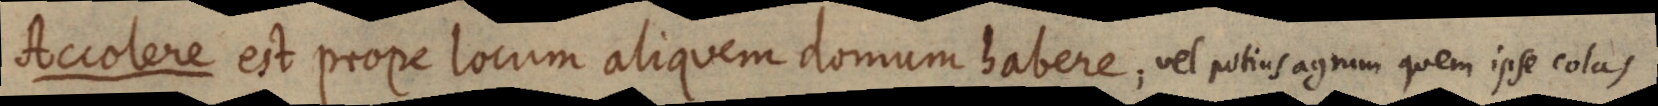
Accolere est prope locum aliquem domum habere; vel potius agrum quem ipse colas